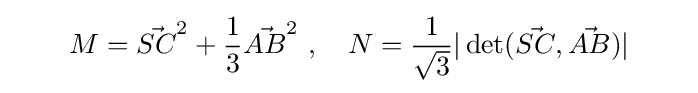
\qquad M={\vec {SC}}^{2}+{\frac {1}{3}}{\vec {AB}}^{2}\ ,\quad N={\frac {1}{\sqrt {3}}}|\det({\vec {SC}},{\vec {AB}})|\qquad